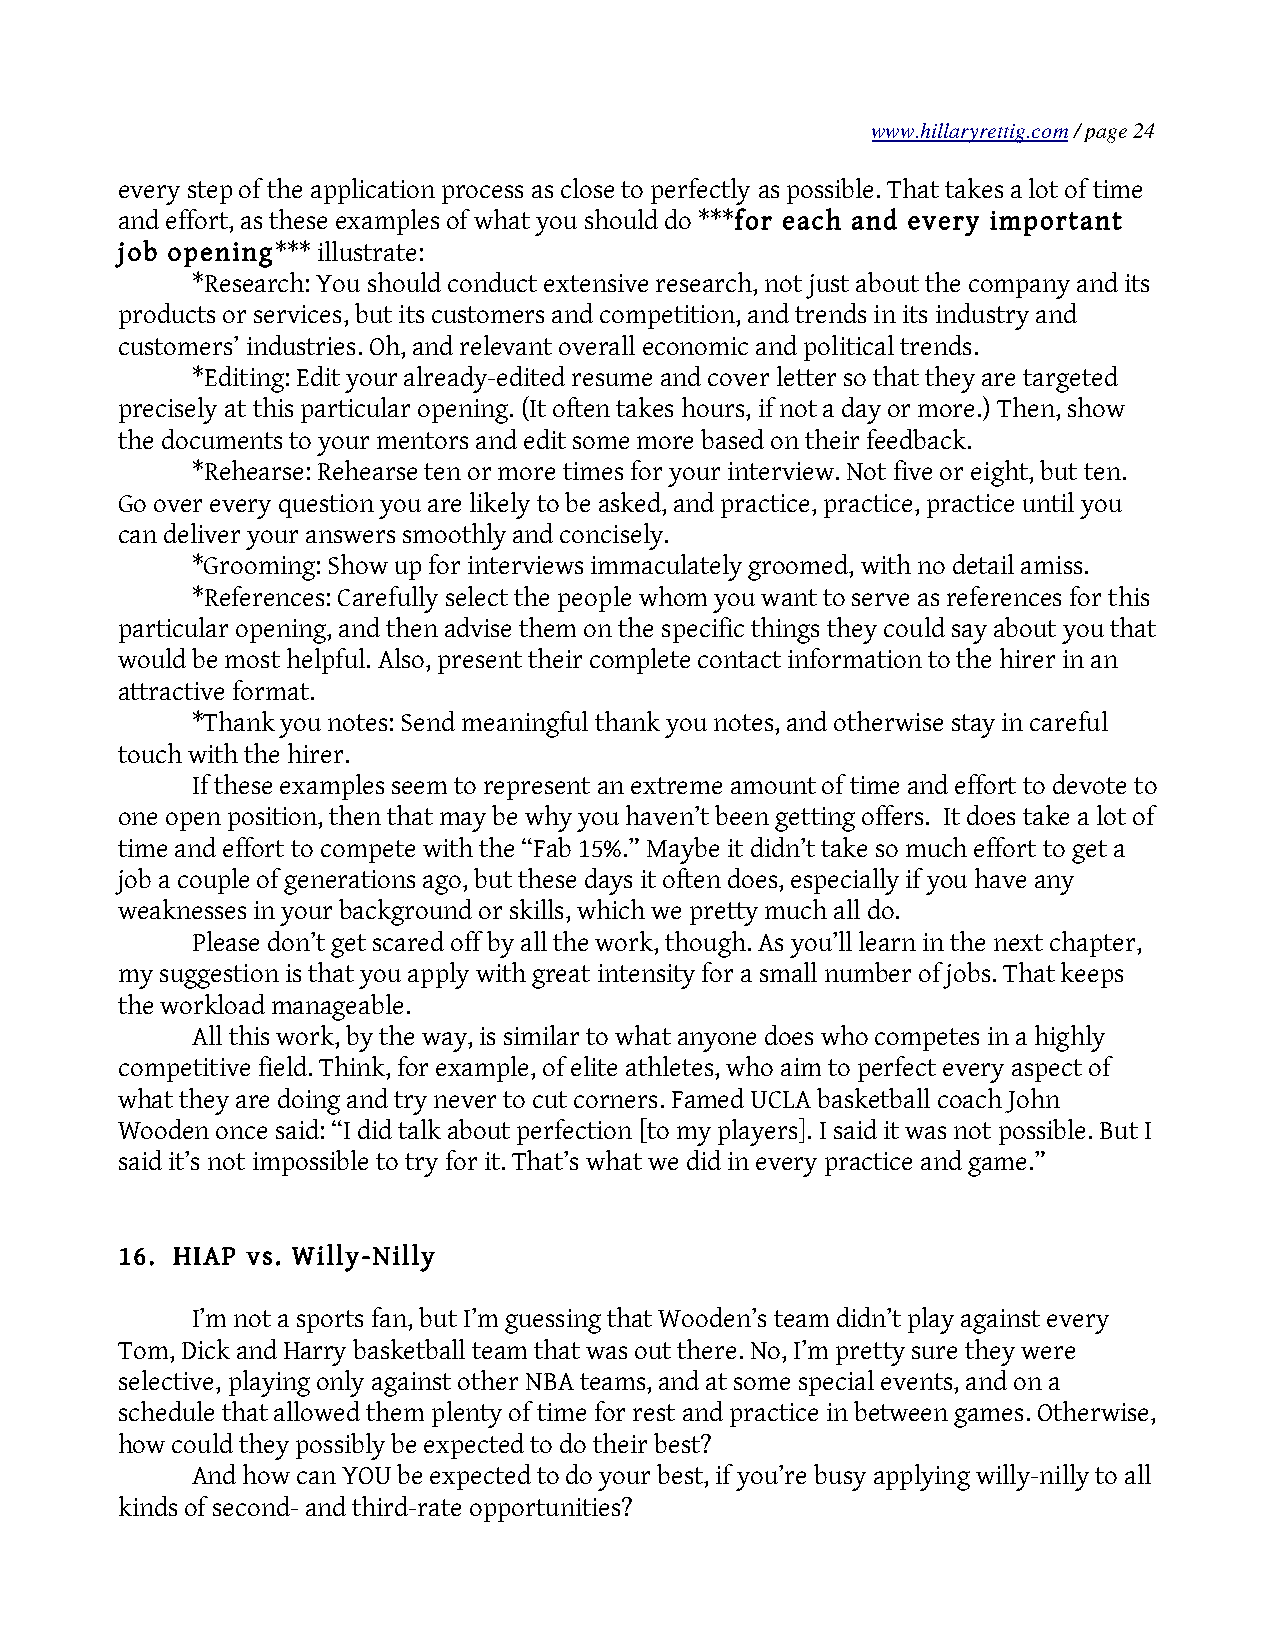
www.hillaryrettig.com / page 24
 every step of the application process as close to perfectly as possible. That takes a lot of time
 and effort, as these examples of what you should do ***for each and every important
 job opening*** illustrate:
 *Research: You should conduct extensive research, not just about the company and its
 products or services, but its customers and competition, and trends in its industry and
 customers’ industries. Oh, and relevant overall economic and political trends.
 *Editing: Edit your already-edited resume and cover letter so that they are targeted
 precisely at this particular opening. (It often takes hours, if not a day or more.) Then, show
 the documents to your mentors and edit some more based on their feedback.
 *Rehearse: Rehearse ten or more times for your interview. Not five or eight, but ten.
 Go over every question you are likely to be asked, and practice, practice, practice until you
 can deliver your answers smoothly and concisely.
 *Grooming: Show up for interviews immaculately groomed, with no detail amiss.
 *References: Carefully select the people whom you want to serve as references for this
 particular opening, and then advise them on the specific things they could say about you that
 would be most helpful. Also, present their complete contact information to the hirer in an
 attractive format.
 *Thank you notes: Send meaningful thank you notes, and otherwise stay in careful
 touch with the hirer.
 If these examples seem to represent an extreme amount of time and effort to devote to
 one open position, then that may be why you haven’t been getting offers. It does take a lot of
 time and effort to compete with the “Fab 15%.” Maybe it didn’t take so much effort to get a
 job a couple of generations ago, but these days it often does, especially if you have any
 weaknesses in your background or skills, which we pretty much all do.
 Please don’t get scared off by all the work, though. As you’ll learn in the next chapter,
 my suggestion is that you apply with great intensity for a small number of jobs. That keeps
 the workload manageable.
 All this work, by the way, is similar to what anyone does who competes in a highly
 competitive field. Think, for example, of elite athletes, who aim to perfect every aspect of
 what they are doing and try never to cut corners. Famed UCLA basketball coach John
 Wooden once said: “I did talk about perfection [to my players]. I said it was not possible. But I
 said it’s not impossible to try for it. That’s what we did in every practice and game.”
 16. HIAP vs. Willy-Nilly
 I’m not a sports fan, but I’m guessing that Wooden’s team didn’t play against every
 Tom, Dick and Harry basketball team that was out there. No, I’m pretty sure they were
 selective, playing only against other NBA teams, and at some special events, and on a
 schedule that allowed them plenty of time for rest and practice in between games. Otherwise,
 how could they possibly be expected to do their best?
 And how can YOU be expected to do your best, if you’re busy applying willy-nilly to all
 kinds of second- and third-rate opportunities?